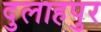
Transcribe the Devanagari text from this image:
दुलाहपुर